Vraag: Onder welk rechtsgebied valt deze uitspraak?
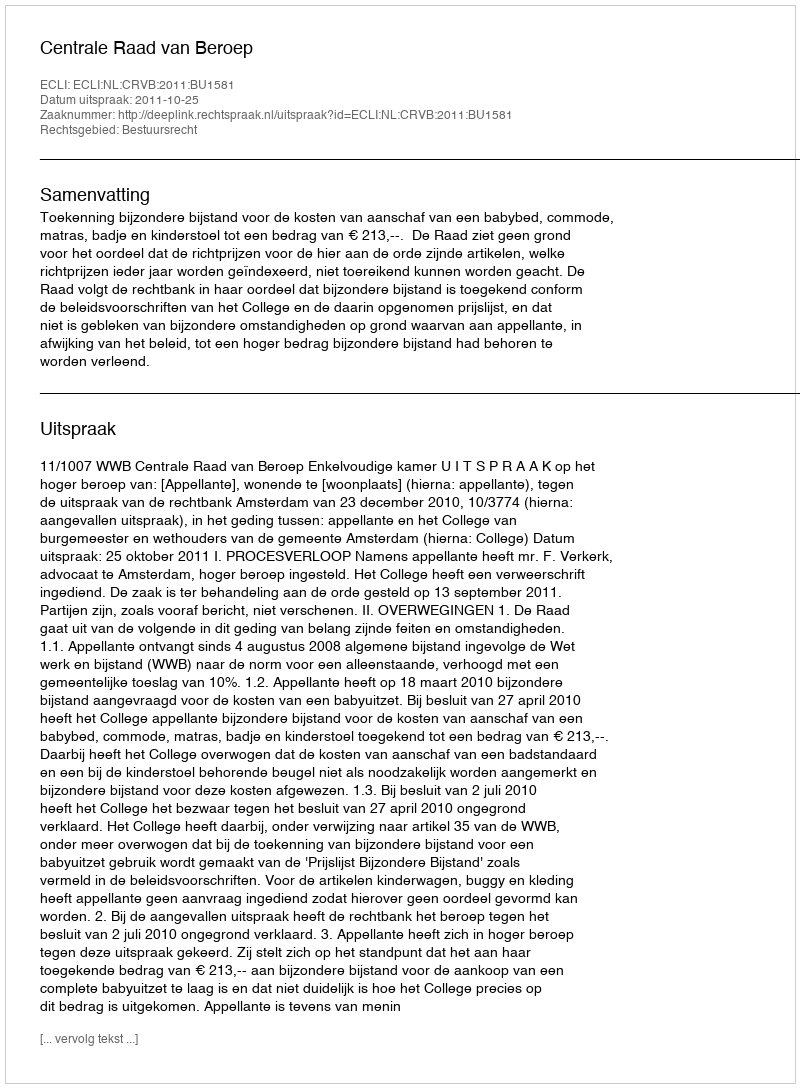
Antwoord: Bestuursrecht